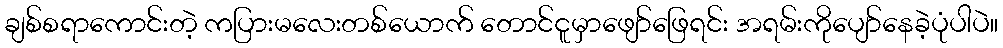
ချစ်စရာကောင်းတဲ့ ကပြားမလေးတစ်ယောက် တောင်ငူမှာဖျော်ဖြေရင်း အရမ်းကိုပျော်နေခဲ့ပုံပါပဲ။